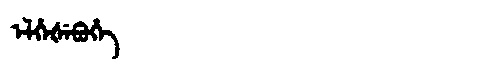
Manchu: ᡝᠯᡥᡝᡧᡝᠪᡠᡥᡝ
Romanization: ELHEŠEBUHE